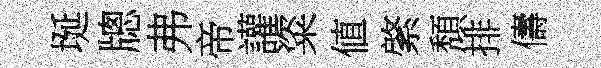
埏牕弗帝讙粢値綮頽排儔